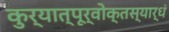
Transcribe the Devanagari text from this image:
कुर्यात्पूर्वोक्तस्यार्धं